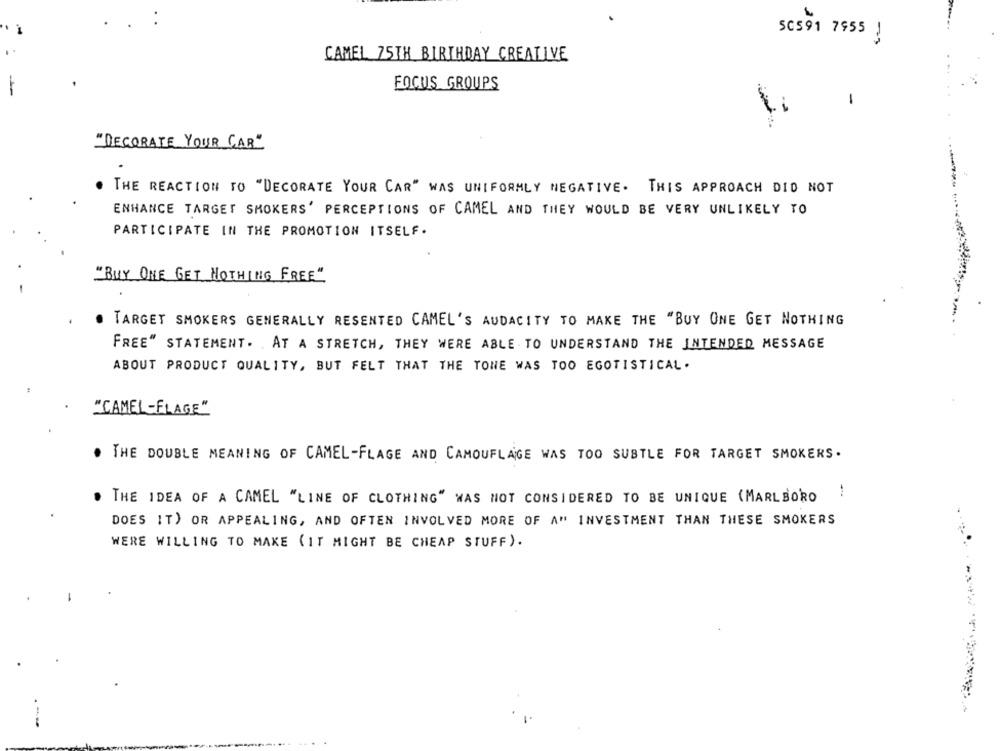
50591 7955 1
CAMEL 75TH BIRTHDAY CREATIVE
FOCUS GROUPS
-
"DECORATE YOUR CAR"
THE REACTION TO "DECORATE YOUR CAR" WAS UNIFORMLY NEGATIVE. THIS APPROACH DID NOT
ENHANCE TARGET SMOKERS' PERCEPTIONS OF CAMEL AND THEY WOULD BE VERY UNLIKELY TO
PARTICIPATE IN THE PROMOTION ITSELF.
"BUY ONE GET NOTHING FREE"
TARGET SMOKERS GENERALLY RESENTED CAMEL'S AUDACITY TO MAKE THE "BUY ONE GET NOTHING
FREE" STATEMENT. AT A STRETCH, THEY WERE ABLE TO UNDERSTAND THE INTENDED MESSAGE
ABOUT PRODUCT QUALITY, BUT FELT THAT THE TONE WAS TOO EGOTISTICAL .
"CAMEL-FLAGE"
. THE DOUBLE MEANING OF CAMEL-FLAGE AND CAMOUFLAGE WAS TOO SUBTLE FOR TARGET SMOKERS .
-
THE IDEA OF A CAMEL "LINE OF CLOTHING" WAS NOT CONSIDERED TO BE UNIQUE (MARLBORO
DOES IT) OR APPEALING, AND OFTEN INVOLVED MORE OF A" INVESTMENT THAN THESE SMOKERS
WERE WILLING TO MAKE (IT MIGHT BE CHEAP STUFF).